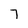
Character: 7